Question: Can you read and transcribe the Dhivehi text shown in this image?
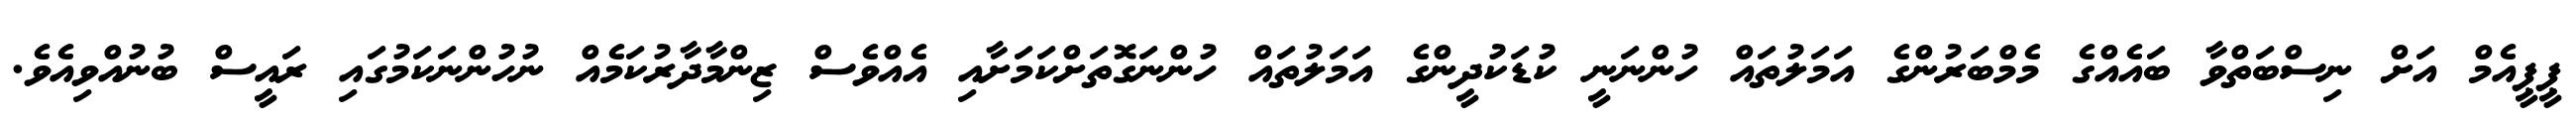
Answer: ޕީޕީއެމް އަށް ނިސްބަތްވާ ބައެއްގެ މެމްބަރުންގެ އަމަލުތައް ހުންނަނީ ކުޑަކުދީންގެ އަމަލުތައް ހުންނަގޮތަށްކަމަށާއި އެއްވެސް ޒިންމާދާރުކަމެއް ނުހުންނަކަމުގައި ރައީސް ބުނުއްވިއެވެ.